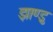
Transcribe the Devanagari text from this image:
झाण्डु